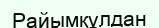
Райымқұлдан